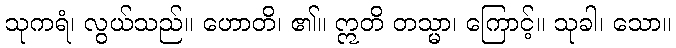
သုကရံ၊ လွယ်သည်။ ဟောတိ၊ ၏။ ဣတိ တသ္မာ၊ ကြောင့်။ သုခါ၊ သော။